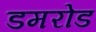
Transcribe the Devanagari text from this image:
डमरोड